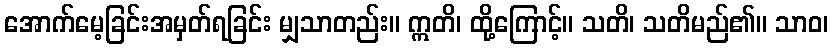
အောက်မေ့ခြင်းအမှတ်ရခြင်း မျှသာတည်း။ ဣတိ၊ ထို့ကြောင့်။ သတိ၊ သတိမည်၏။ သာဝ၊